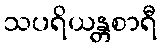
သပရိယန္တစာရီ